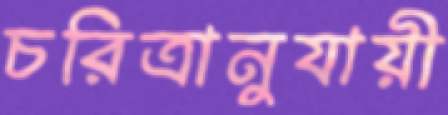
চরিত্রানুযায়ী